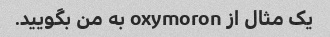
یک مثال از oxymoron به من بگویید.